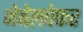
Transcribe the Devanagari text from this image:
नेबेलवेफर